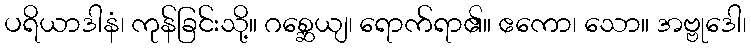
ပရိယာဒါနံ၊ ကုန်ခြင်းသို့။ ဂစ္ဆေယျ၊ ရောက်ရာ၏။ ဧကော၊ သော။ အဗ္ဗုဒေါ၊